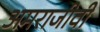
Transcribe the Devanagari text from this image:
अमराजीवी